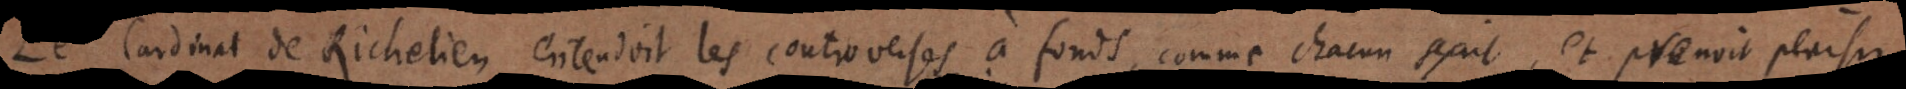
Le Cardinal de Richelieu entendoit les controverses à fonds, comme chacun sçait, et prenoit plaisir